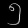
Digit: ၅